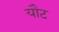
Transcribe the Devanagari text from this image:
यौट